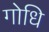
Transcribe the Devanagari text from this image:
गोधि